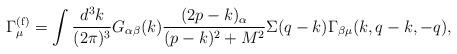
LaTeX: \begin{align*}\Gamma_{\mu}^{(\rm f)}=\int {d^3k\over (2\pi)^3}G_{\alpha\beta}(k){(2p-k)_{\alpha}\over (p-k)^2+M^2}\Sigma(q-k)\Gamma_{\beta\mu}(k,q-k,-q),\end{align*}